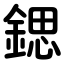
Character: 鍶